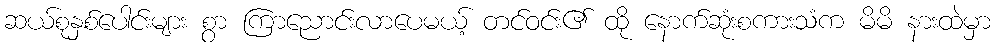
ဆယ်စုနှစ်ပေါင်းများ စွာ ကြာညောင်းလာပေမယ့် တင်ဝင်း၏ ထို နောက်ဆုံးစကားသံက မိမိ နားထဲမှာ